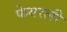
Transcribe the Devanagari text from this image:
फेयरली